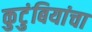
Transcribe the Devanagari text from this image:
कुटुंबियांचा